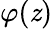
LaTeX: \varphi(\mathit{z})